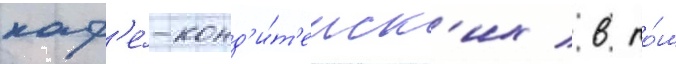
каф'е́-конд'и́т'ерск'их / в то́м